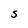
Character: s